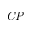
\mathit { C P }